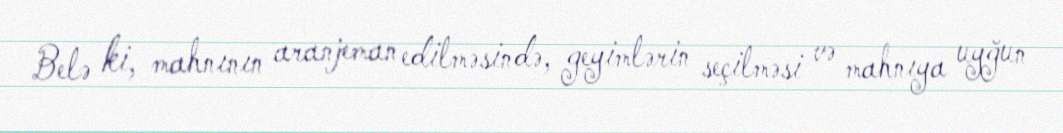
Belə ki, mahnının aranjeman edilməsində, geyimlərin seçilməsi və mahnıya uyğun